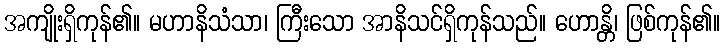
အကျိုးရှိကုန်၏။ မဟာနိသံသာ၊ ကြီးသော အာနိသင်ရှိကုန်သည်။ ဟောန္တိ၊ ဖြစ်ကုန်၏။